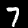
Digit: 7